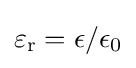
\varepsilon _{\mathrm {r} }=\epsilon /\epsilon _{0}